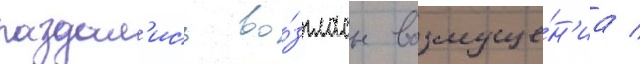
раздал'ись во́згласы возмуще́н'иа /